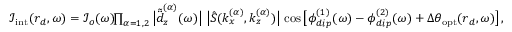
\begin{array} { r } { \boldsymbol { \mathcal { I } } _ { \mathrm { i n t } } ( \boldsymbol { r } _ { d } , \omega ) = \boldsymbol { \mathcal { I } } _ { o } ( \omega ) \! \! \prod _ { \alpha = 1 , 2 } \big | \tilde { \ddot { d } } _ { z } ^ { ( \alpha ) } ( \omega ) \big | \, \, \big | \hat { S } ( k _ { x } ^ { ( \alpha ) } , k _ { z } ^ { ( \alpha ) } ) \big | \, \cos \big [ \phi _ { d i p } ^ { ( 1 ) } ( \omega ) - \phi _ { d i p } ^ { ( 2 ) } ( \omega ) + \Delta \theta _ { \mathrm { o p t } } ( \boldsymbol { r } _ { d } , \omega ) \big ] \, , } \end{array}